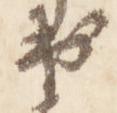
出